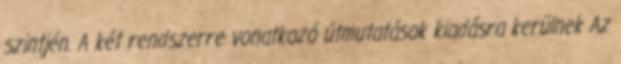
szintjén. A két rendszerre vonatkozó útmutatások kiadásra kerülnek Az